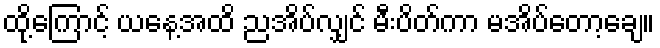
ထို့ကြောင့် ယနေ့အထိ ညအိပ်လျှင် မီးပိတ်ကာ မအိပ်တော့ချေ။